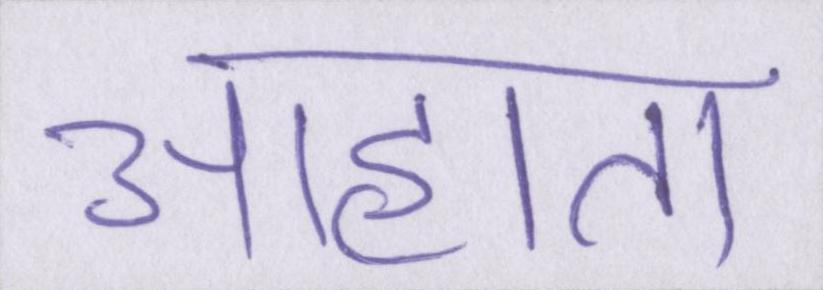
आहाता